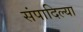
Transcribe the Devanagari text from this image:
संपादिल्या